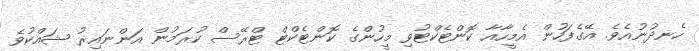
ހެނދުނުއެވެ. އޭގެފަހުން އެމީހާއާ ކޮންޓެކްޓުވި މީހުންގެ ކޮންޓެކްޓް ޓްރޭސް ކުރަމުން އަންނައިރު ޝައްކުވެ